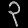
Digit: ၃